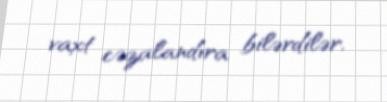
vaxt cəzalandıra bilərdilər.